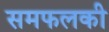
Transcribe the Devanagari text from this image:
समफलकी